Calcutta medical institutions reports 1892-1900
Year: 1892
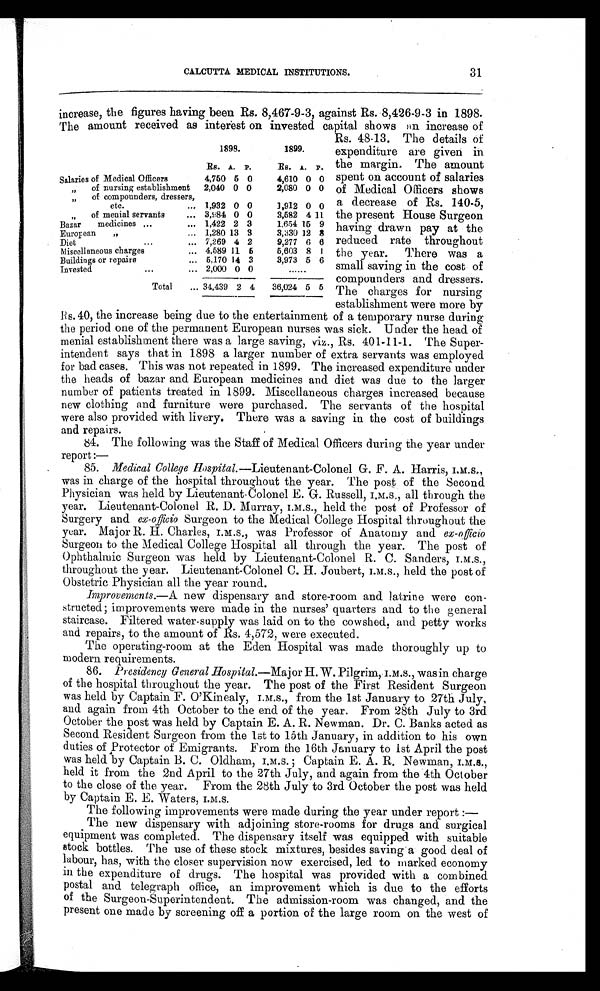
CALCUTTA MEDICAL INSTITUTIONS.
31
increase, the figures having been Rs. 8,467-9-3, against Rs. 8,426-9-3 in 1898.
The amount received as interest on invested capital shows an increase of
Rs. 48-13. The details of
expenditure are given in
the margin. The amount
spent on account of salaries
of Medical Officers shows
a decrease of Rs. 140-5,
the present House Surgeon
having drawn pay at the
reduced rate throughout
the year. There was a
small saving in the cost of
compounders and dressers.
The charges for nursing
establishment were more by
Rs.40, the increase being due to the entertainment of a temporary nurse during
the period one of the permanent European nurses was sick. Under the head of
menial establishment there was a large saving, viz., Rs. 401-11-1. The Super-
intendent says that in 1898 a larger number of extra servants was employed
for bad cases. This was not repeated in 1899. The increased expenditure under
the heads of bazar and European medicines and diet was due to the larger
number of patients treated in 1899. Miscellaneous charges increased because
new clothing and furniture were purchased. The servants of the hospital
were also provided with livery. There was a saving in the cost of buildings
and repairs.
84. The following was the Staff of Medical Officers during the year under
report :
85. Medical College Hospital.-Lieutenant-Colonel G. F. A. Harris, I.M.S.,
was in charge of the hospital throughout the year. The post of the Second
Physician was held by Lieutenant-Colonel E. G. Russell, I.M.S., all through the
year. Lieutenant-Colonel R. D. Murray, I.M.S., held the post of Professor of
Surgery and ex-officio Surgeon to the Medical College Hospital throughout the
year. Major R. H. Charles, I.M.S., was Professor of Anatomy and ex-officio
Surgeon to the Medical College Hospital all through the year. The post of
Ophthalmic Surgeon was held by Lieutenant-Colonel R. C. Sanders, I.M.S.,
throughout the year. Lieutenant-Colonel C. H. Joubert, I.M.S., held the post of
Obstetric Physician all the year round.
Improvements.— A new dispensary and store-room and latrine were con-
structed; improvements were made in the nurses' quarters and to the general
staircase. Filtered water-supply was laid on to the cowshed, and petty works
and repairs, to the amount of Rs. 4,572, were executed.
The operating-room at the Eden Hospital was made thoroughly up to
modern requirements.
86. Presidency General Hospital.— Maj or H. W. Pilgrim,I.M.S.,was in charge
of the hospital throughout the year. The post of the First Resident Surgeon
was held by Captain F. O'Kinealy, I.M.S., from the 1st January to 27th July,
and again from 4th October to the end of the year. From 28th July to 3rd.
October the post was held by Captain E. A. R. Newman. Dr. C. Banks acted as
Second Resident Surgeon from the 1st to 15th January, in addition to his own
duties of Protector of Emigrants. From the 16th January to 1st April the post
was held by Captain B. C. Oldham, I.M.S. ; Captain E. A. R. Newman, I.M.S.,
held it from the 2nd April to the 27th July, and again from the 4th October
to the close of the year. From the 28th July to 3rd October the post was held
by Captain E. E. Waters, I.M.S.
The following improvements were made during the year under report :
—
The new dispensary with adjoining store-rooms for drugs and. surgical
equipment was completed. The dispensary itself was equipped with suitable
stock bottles. The use of these stock mixtures, besides saving a good deal of
labour, has, with the closer supervision now exercised, led to marked economy
in the expenditure of drugs. The hospital was provided with a combined
postal and telegraph office, an improvement which is due to the efforts
of the Surgeon-Superintendent. The admission-room was changed, and the
present one made by screening off a portion of the large room on the west of
1898.
1899.
Rs. A. P.
Rs. A. P.
Salaries of Medical Officers
4,760 5 0
4,610 0 0
of nursing establishment
, ,
2,040 0 0
2,080 0 0
of compounders, dressers,
, ,
etc.
... 1,932 0 0
1,912 0 0
,,
of menial servants
... 3,984 0 0
3,582 4 11
Bazar
medicines ...
... 1,422 2 3
1,654 15 9
European
„
... 1,280 13 3
3,330 12 8
...
Diet... 7,269 4 2
9,277 6 6
Miscellaneous charges
... 4,589 11 6
5,603 8 1
Buildings or repairs
... 5,170 14 3
3,973 5 6
Invested...... 2,000 0 0
......
Total
... 34,439 2 4
36,024 5 5